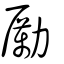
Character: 勵